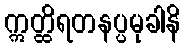
ဣတ္ထိရတနပ္ပမုခါနိ